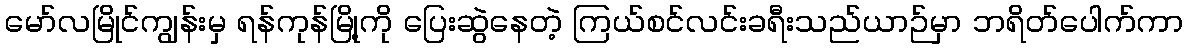
မော်လမြိုင်ကျွန်းမှ ရန်ကုန်မြို့ကို ပြေးဆွဲနေတဲ့ ကြယ်စင်လင်းခရီးသည်ယာဉ်မှာ ဘရိတ်ပေါက်ကာ